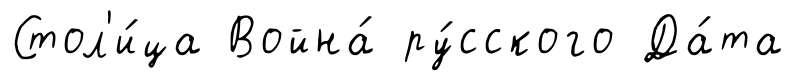
Стол'и́ца Война́ ру́сского Да́та